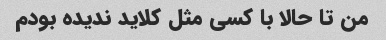
من تا حالا با کسی مثل کلاید ندیده بودم